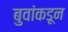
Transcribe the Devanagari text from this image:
बुवांकडून